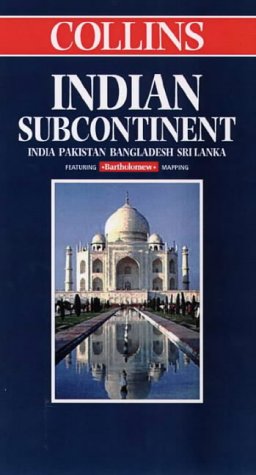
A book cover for Collins Indian Subcontinent (Collins World Travel Maps); Bartholomew; Travel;